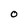
Character: O